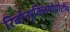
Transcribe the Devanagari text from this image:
रिबोन्युक्लियोप्रोटीन